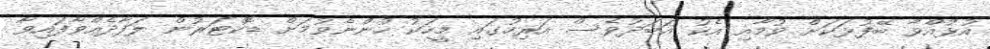
އުޅުއްވާ ބޭފުޅަކަށް ވުމާއި އެކު އަބަދުވެސް އަރިހުގައި މީހަކު ހުންނެވުމަށް ޑޮކްޓަރުން ލަފާދެއްވާފައިވާ